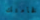
فخامتك